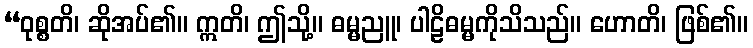
“ဝုစ္စတိ၊ ဆိုအပ်၏။ ဣတိ၊ ဤသို့။ ဓမ္မညူ၊ ပါဠိဓမ္မကိုသိသည်။ ဟောတိ၊ ဖြစ်၏။